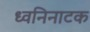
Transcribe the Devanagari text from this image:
ध्वनिनाटक